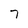
Character: 7